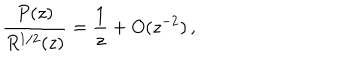
\frac { P ( z ) } { R ^ { 1 / 2 } ( z ) } = \frac { 1 } { z } + O ( z ^ { - 2 } ) \, ,